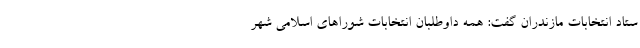
ستاد انتخابات مازندران گفت: همه داوطلبان انتخابات شوراهای اسلامی شهر